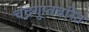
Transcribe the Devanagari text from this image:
चंद्रगुप्तबस्ति